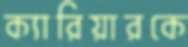
ক্যারিয়ারকে